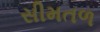
સીમતળ